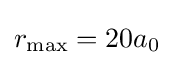
r_{\mathrm {max} }=20a_{0}